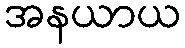
အနယာယ